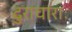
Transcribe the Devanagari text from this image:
दुराचाराः